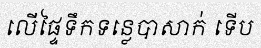
លើផ្ទៃទឹកទន្លេបាសាក់ ទើប